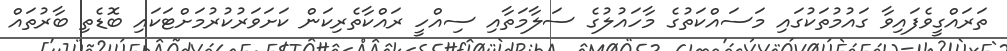
ތަރައްގީވެފައިވާ ގައުމުތަކުގައި މަސައްކަތުގެ މާހައުލުގެ ސަލާމަތާއި ސިއްހީ ރައްކާތެރިކަން ކަށަވަރުކުރުމަށްޓަކައި ބޮޑެތި ބާރުތައް